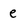
Character: e